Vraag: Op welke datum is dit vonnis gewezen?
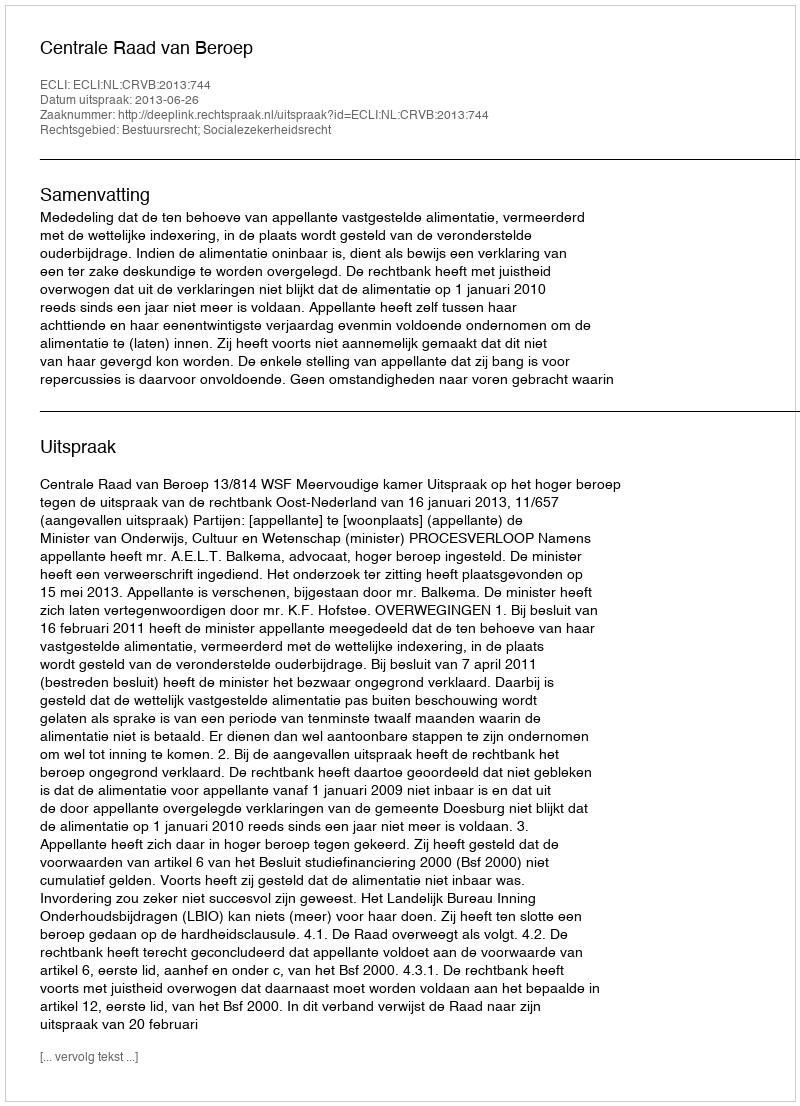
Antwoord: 2013-06-26